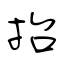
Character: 抬